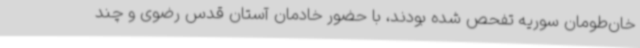
خان‌طومان سوریه تفحص شده بودند، با حضور خادمان آستان قدس رضوی و چند